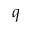
q